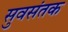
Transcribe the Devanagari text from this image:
सुवसंतक